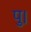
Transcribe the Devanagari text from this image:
पु।